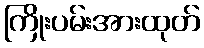
ကြိုးပမ်းအားထုတ်